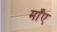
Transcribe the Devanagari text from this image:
माँए